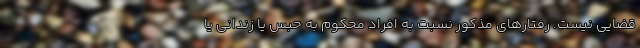
قضایی نیست. رفتارهای مذکور نسبت به افراد محکوم به حبس یا زندانی یا